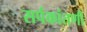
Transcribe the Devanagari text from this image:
सर्पकांतणी